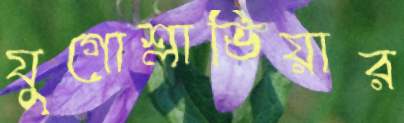
যুগোশ্লাভিয়ার